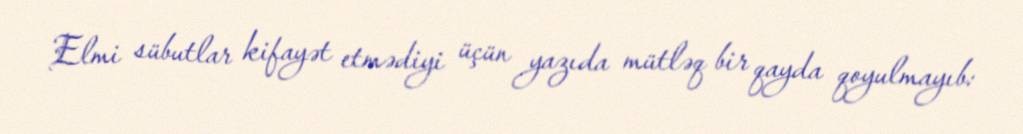
Elmi sübutlar kifayət etmədiyi üçün yazıda mütləq bir qayda qoyulmayıb: